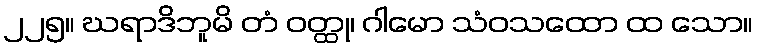
၂၂၅။ ဃရာဒိဘူမိ တံ ဝတ္ထု၊ ဂါမော သံဝသထော ထ သော။